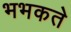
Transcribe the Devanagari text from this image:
भभकते